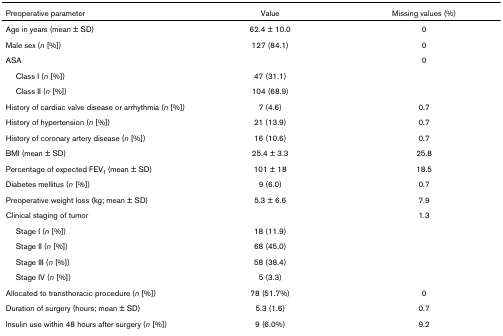
<table><thead><tr><td><b>Preoperative parameter</b></td><td><b>Value</b></td><td><b>Missing values (%)</b></td></tr></thead><tbody><tr><td>Age in years (mean ± SD)</td><td>62.4 ± 10.0</td><td>0</td></tr><tr><td>Male sex (<i>n </i>[%])</td><td>127 (84.1)</td><td>0</td></tr><tr><td>ASA</td><td></td><td>0</td></tr><tr><td> Class I (<i>n </i>[%])</td><td>47 (31.1)</td><td></td></tr><tr><td> Class II (<i>n </i>[%])</td><td>104 (68.9)</td><td></td></tr><tr><td>History of cardiac valve disease or arrhythmia (<i>n </i>[%])</td><td>7 (4.6)</td><td>0.7</td></tr><tr><td>History of hypertension (<i>n </i>[%])</td><td>21 (13.9)</td><td>0.7</td></tr><tr><td>History of coronary artery disease (<i>n </i>[%])</td><td>16 (10.6)</td><td>0.7</td></tr><tr><td>BMI (mean ± SD)</td><td>25.4 ± 3.3</td><td>25.8</td></tr><tr><td>Percentage of expected FEV<sub>1 </sub>(mean ± SD)</td><td>101 ± 18</td><td>18.5</td></tr><tr><td>Diabetes mellitus (<i>n </i>[%])</td><td>9 (6.0)</td><td>0.7</td></tr><tr><td>Preoperative weight loss (kg; mean ± SD)</td><td>5.3 ± 6.6</td><td>7.9</td></tr><tr><td>Clinical staging of tumor</td><td></td><td>1.3</td></tr><tr><td> Stage I (<i>n </i>[%])</td><td>18 (11.9)</td><td></td></tr><tr><td> Stage II (<i>n </i>[%])</td><td>68 (45.0)</td><td></td></tr><tr><td> Stage III (<i>n </i>[%])</td><td>58 (38.4)</td><td></td></tr><tr><td> Stage IV (<i>n </i>[%])</td><td>5 (3.3)</td><td></td></tr><tr><td>Allocated to transthoracic procedure (<i>n </i>[%])</td><td>78 (51.7%)</td><td>0</td></tr><tr><td>Duration of surgery (hours; mean ± SD)</td><td>5.3 (1.6)</td><td>0.7</td></tr><tr><td>Insulin use within 48 hours after surgery (<i>n </i>[%])</td><td>9 (6.0%)</td><td>9.2</td></tr></tbody></table>